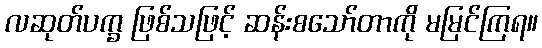
လဆုတ်ပက္ခ ဖြစ်သဖြင့် ဆန်းစသော်တာကို မမြင်ကြရ။